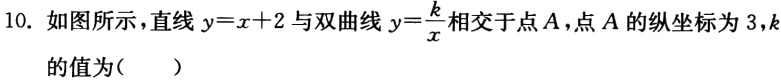
10. 如图所示，直线\(y = x + 2\)与双曲线\(y=\frac{k}{x}\)相交于点\(A\)，点\(A\)的纵坐标为\(3\)，\(k\)的值为（  ）